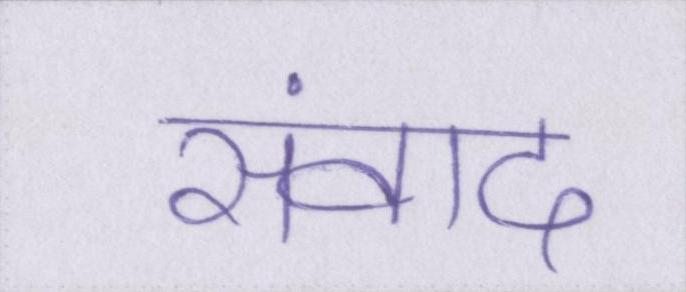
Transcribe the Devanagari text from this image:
संवाद